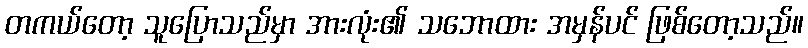
တကယ်တော့ သူပြောသည်မှာ အားလုံး၏ သဘောထား အမှန်ပင် ဖြစ်တော့သည်။